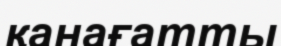
қанағатты